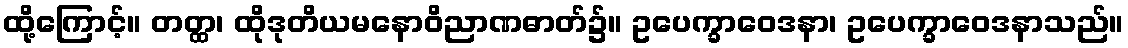
ထို့ကြောင့်။ တတ္ထ၊ ထိုဒုတိယမနောဝိညာဏဓာတ်၌။ ဥပေက္ခာဝေဒနာ၊ ဥပေက္ခာဝေဒနာသည်။